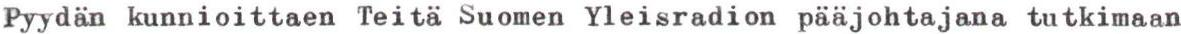
Pyydän kunnioittaen Teitä Suomen Yleisradion pääjohtajana tutkimaan